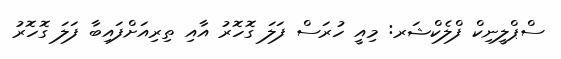
ސްޕްލީނިކް ފްލެކްޝަރ: މިއީ ހުރަސް ފަލަ ގޮހޮރު އާއި ތިރިއަށްފައިބާ ފަލަ ގޮހޮރު